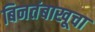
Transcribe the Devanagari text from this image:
बिनतंबाखूचा